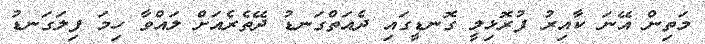
މަތިން އޭނަ ކާއިރު ފުރޮޅިލީ ގޮނޑީގައި ދެއަތްގަނޑު ދޭތެރެއަށް ލައްވާ ހިމަ ފިލަގަނޑު